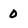
Character: 0